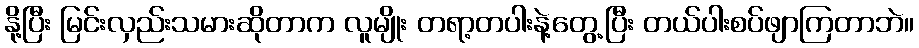
နို့ပြီး မြင်းလှည်းသမားဆိုတာက လူမျိုး တရာ့တပါးနဲ့တွေ့ပြီး တယ်ပါးစပ်ဖျာကြတာဘဲ။